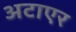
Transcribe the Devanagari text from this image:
अटाएर